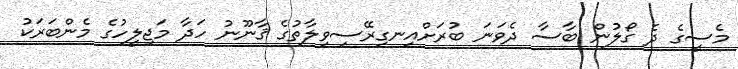
މެސީގެ ދެ ގޯލުން ބާސާ ދެވަނަ ބުރަށްއިނގިރޭސިވިލާތުގެ ޤާނޫނު ހަދާ މަޖިލީހުގެ މެންބަރަކު